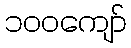
၁၀၀ကျော်